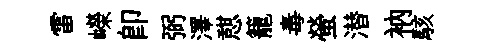
雷嶸卽弼澤憇籠毒螢潜衲駭